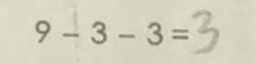
9 - 3 - 3 = 3